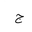
Letter: _gim